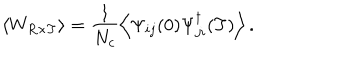
\left< W _ { R \times T } \right> = \frac { 1 } { N _ { c } } \left< \Psi _ { i j } ( 0 ) \Psi _ { j i } ^ { \dagger } ( T ) \right> .